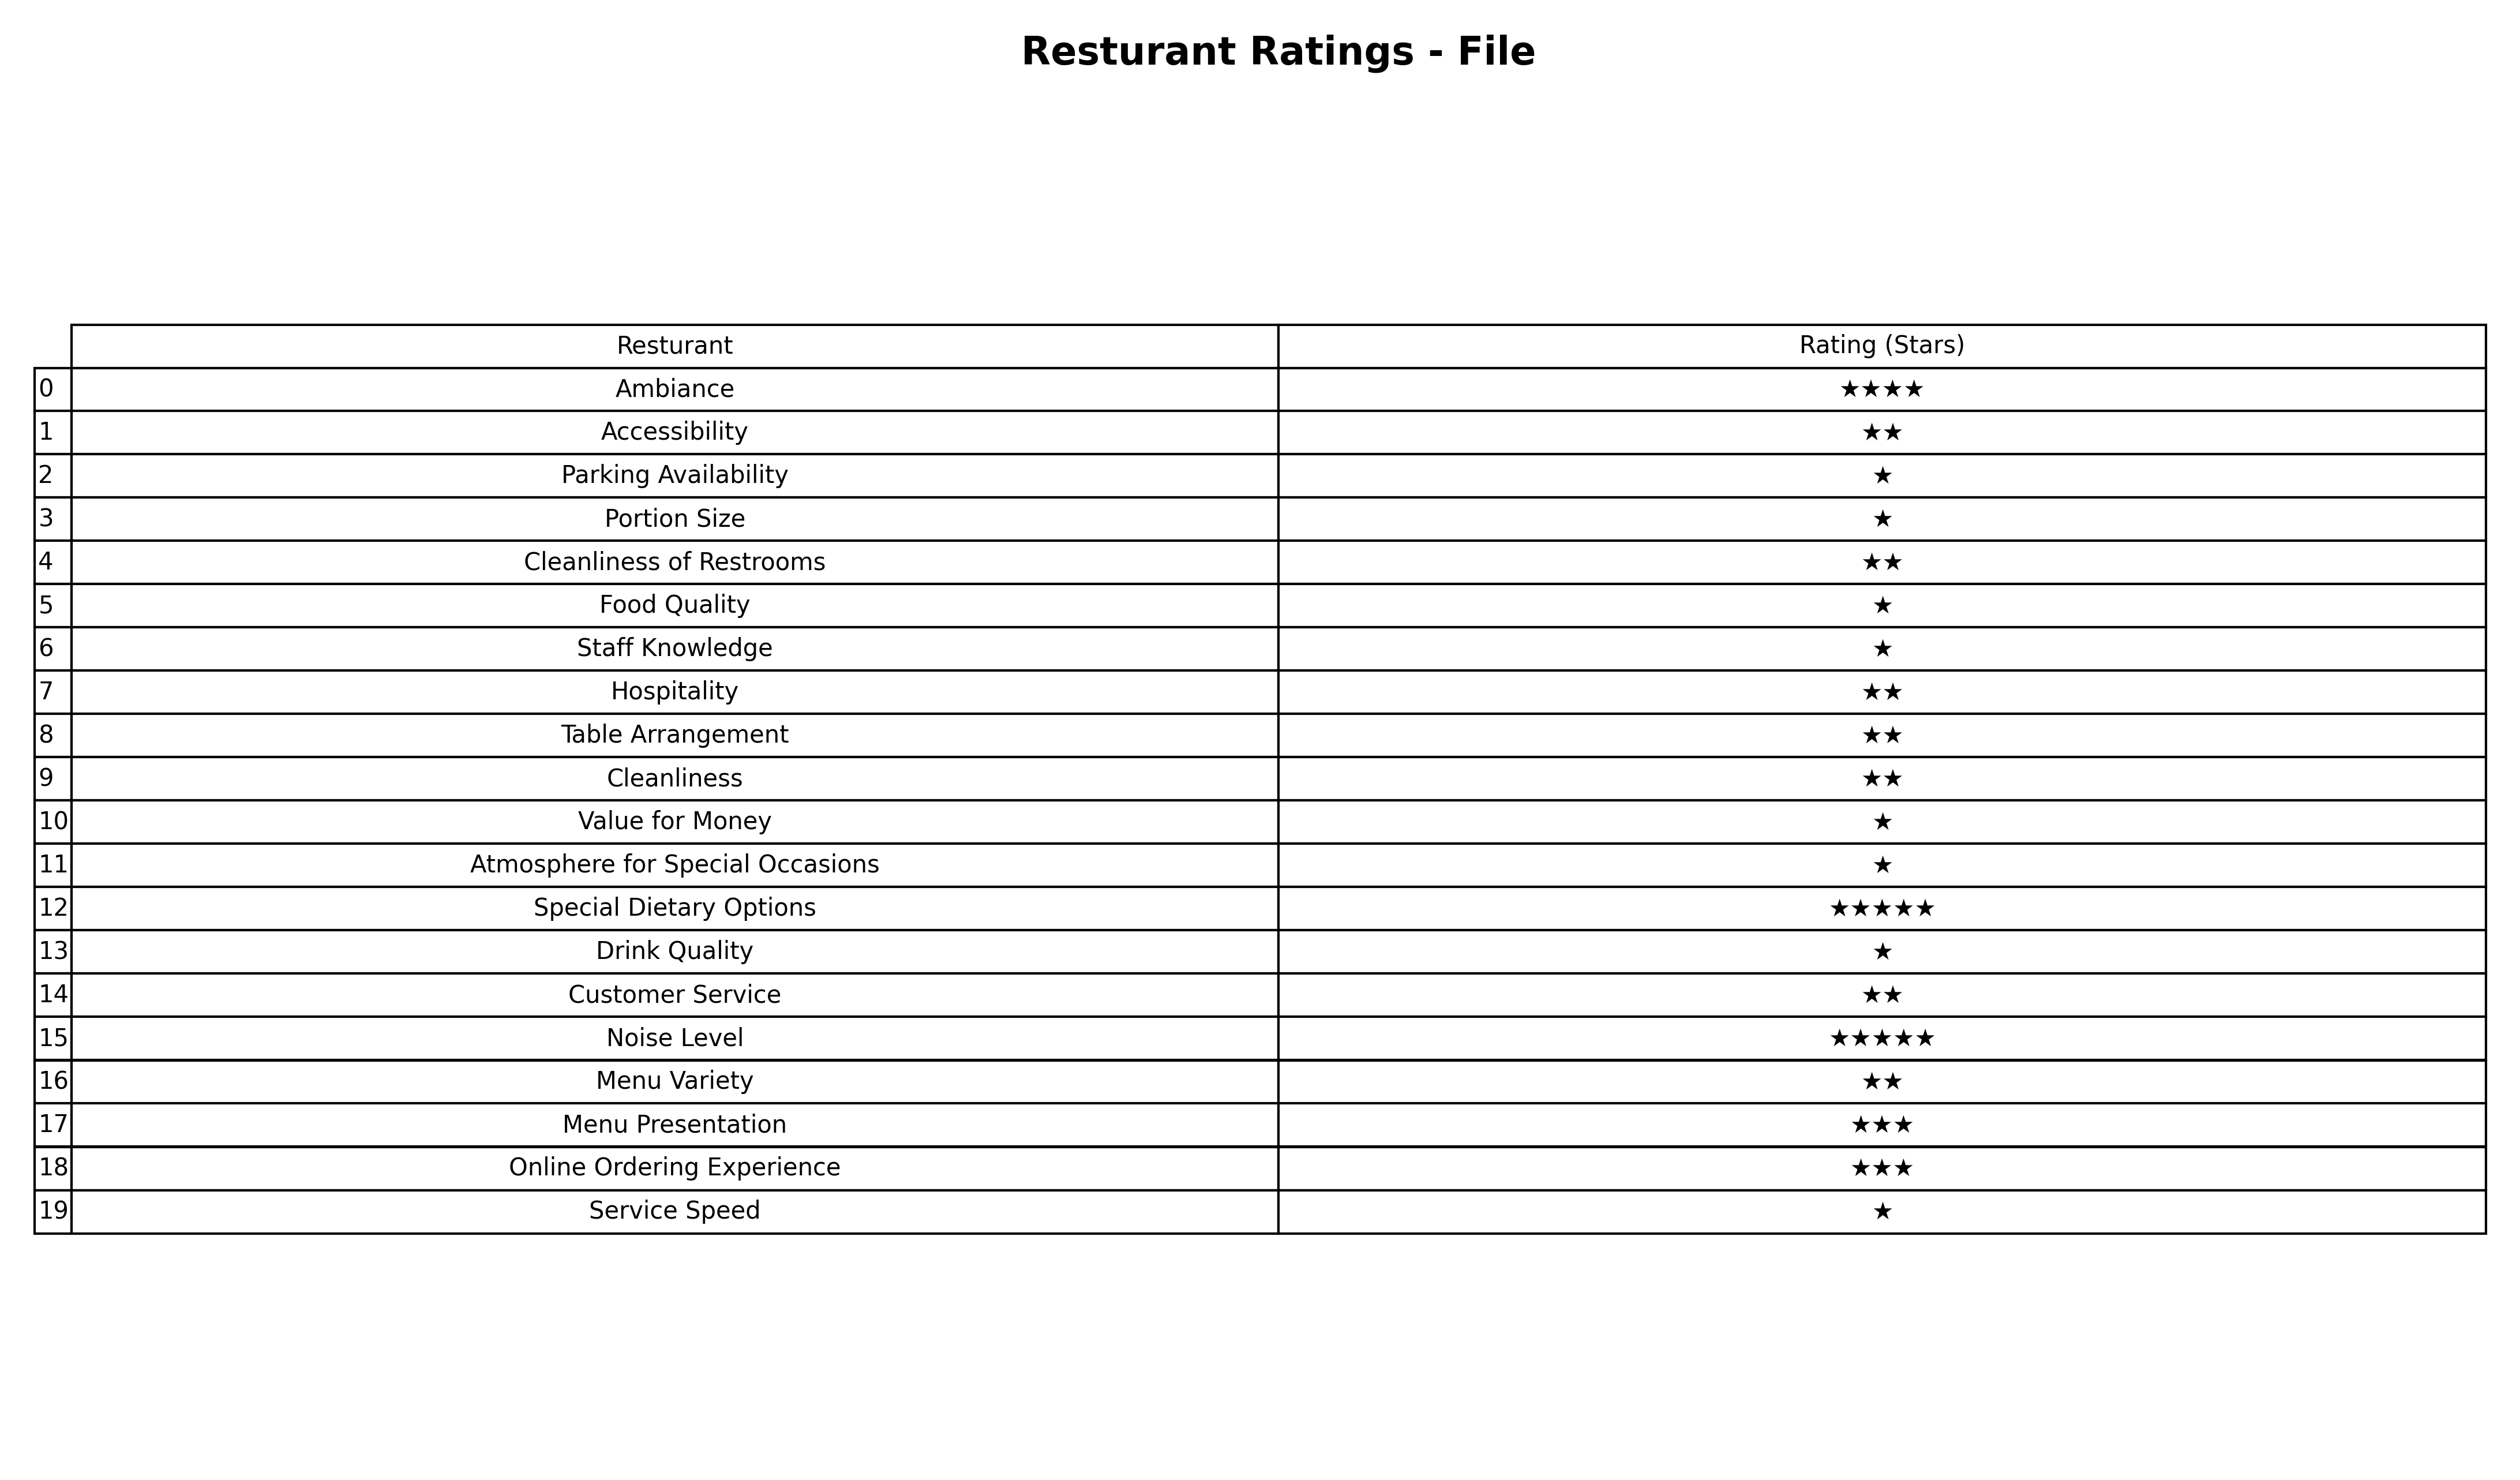
question: Which services are rated average?
answer: Menu PresentationOnline Ordering Experience